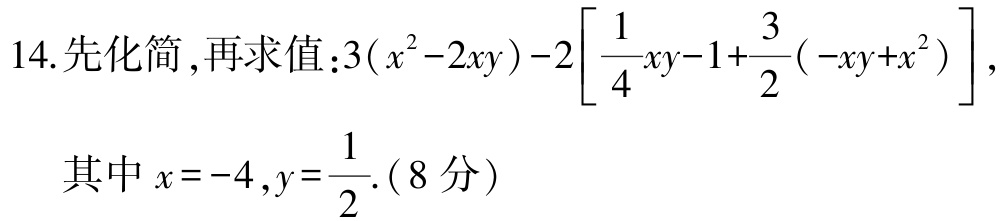
14. 先化简，再求值：\(3(x^{2}-2xy)-2\left[\frac{1}{4}xy - 1+\frac{3}{2}(-xy + x^{2})\right]\)，
其中\(x = -4,y=\frac{1}{2}\).（8分）